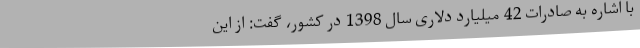
با اشاره به صادرات 42 میلیارد دلاری سال 1398 در کشور، گفت: از این